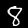
Label: 8